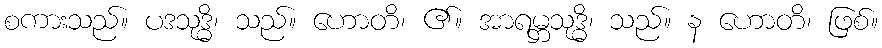
စကားသည်။ ပဒသုဒ္ဓိ၊ သည်။ ဟောတိ၊ ၏။ အာရမ္ဘသုဒ္ဓိ၊ သည်။ န ဟောတိ၊ ဖြစ်။